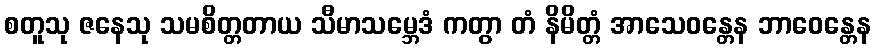
စတူသု ဇနေသု သမစိတ္တတာယ သီမာသမ္ဘေဒံ ကတွာ တံ နိမိတ္တံ အာသေဝန္တေန ဘာဝေန္တေန